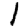
Digit: 1